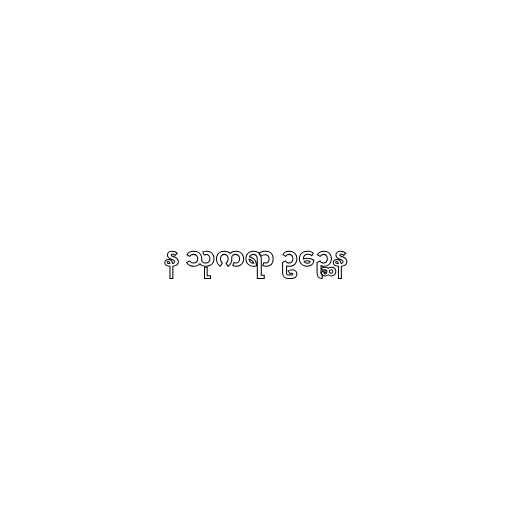
န သုကရာ ဥဉ္ဆေန